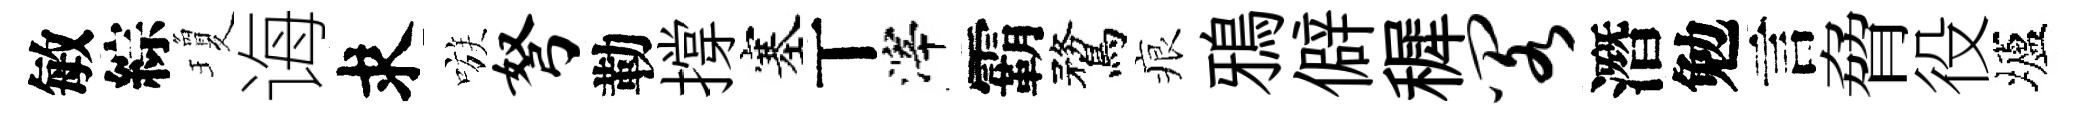
敏綜瓊诲求嗾弩勒撐塞丅滓霸鶩痕鴉僻穉阁潛勉言脅役壚